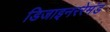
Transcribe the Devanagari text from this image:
डिजाइनररेमंड